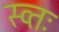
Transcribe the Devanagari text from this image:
स्व्तः